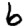
Digit: 6